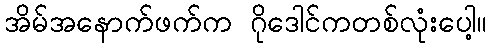
အိမ်အနောက်ဖက်က ဂိုဒေါင်ကတစ်လုံးပေါ့။